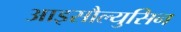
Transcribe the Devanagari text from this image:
आइसौल्युसिन